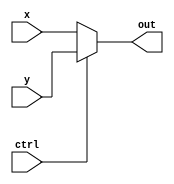
module Mux21_1bit(input wire x, input wire y, input wire ctrl, output wire out);
assign out = ctrl ? y : x;
endmodule